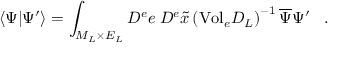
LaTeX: \langle \Psi | \Psi ^ { \prime } \rangle = \int _ { { \cal M } _ { L } \times { \cal E } _ { L } } { \cal D } ^ { e } e \; { \cal D } ^ { e } \widetilde { x } \left( \mathrm { V o l } _ { e } { \cal D } _ { L } \right) ^ { - 1 } \overline { { { \Psi } } } \Psi ^ { \prime } \; \; \; .